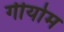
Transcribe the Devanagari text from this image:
गीयोम